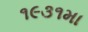
૧૯૩૧મા